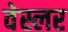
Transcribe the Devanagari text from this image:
वेस्लर